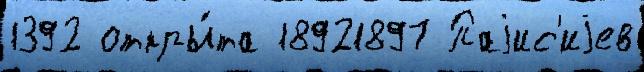
1392 откры́та 18921897 Паjис'иjев